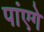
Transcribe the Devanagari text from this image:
पांएगे